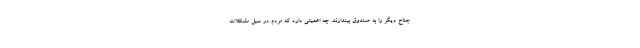
جناح دیگر را به صندوق بیندازند. چه اهمیتی دارد که مردم در سیل مشکلات